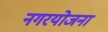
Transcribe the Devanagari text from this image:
नगरयोजना